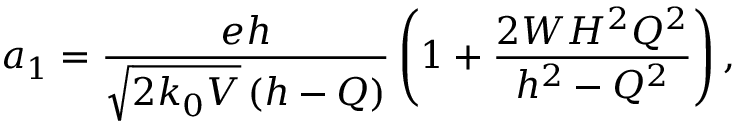
a _ { 1 } = \frac { e h } { \sqrt { 2 k _ { 0 } V } \left( h - Q \right) } \left( 1 + \frac { 2 W H ^ { 2 } Q ^ { 2 } } { h ^ { 2 } - Q ^ { 2 } } \right) ,